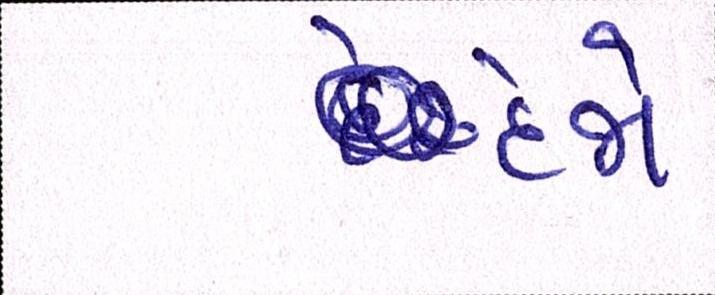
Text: દેજો